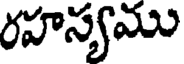
రహస్యము